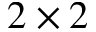
2 \times 2